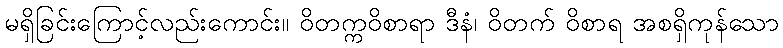
မရှိခြင်းကြောင့်လည်းကောင်း။ ဝိတက္ကဝိစာရာ ဒီနံ၊ ဝိတက် ဝိစာရ အစရှိကုန်သော